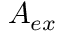
A _ { e x }